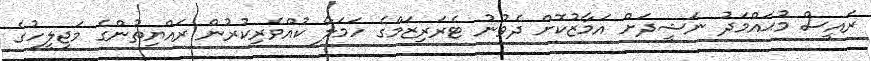
ރައީސް މުޙައްމަދު ނަޝީދަށް އަމާޒުކޮށް ދެވުނު ޓެރަރިޒަމްގެ ހަމަލާ ކުއްވެރިކުރުން ރައްޔިތުންގެ މަޖިލީހުގެ